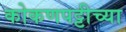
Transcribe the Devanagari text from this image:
कोकणपट्टीच्या